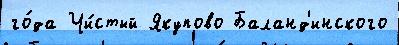
го́да Чи́стый Якупово Баланд'инского